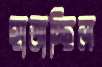
হাতাচ্ছিল